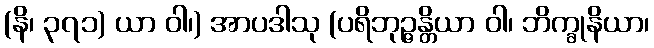
(နိ၊ ၃၇၁) ယာ ဝါ၊) အာပဒါသု (ပရိဘုဉ္ဇန္တိယာ ဝါ၊ ဘိက္ခုနိယာ၊